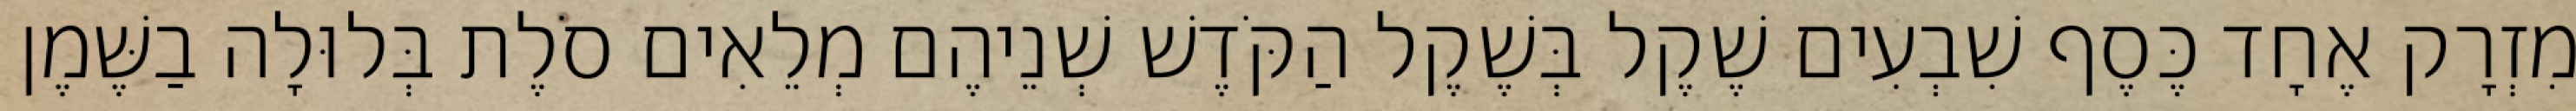
מִזְרָק אֶחָד כֶּסֶף שִׁבְעִים שֶׁקֶל בְּשֶׁקֶל הַקֹּדֶשׁ שְׁנֵיהֶם מְלֵאִים סֹלֶת בְּלוּלָה בַשֶּׁמֶן